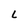
Character: L